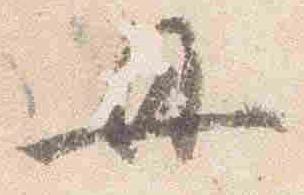
母